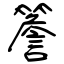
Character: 簷